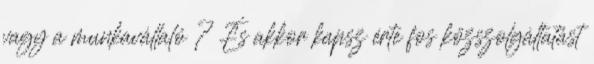
vagy a munkavállaló ? És akkor kapsz érte fos közszolgáltatást